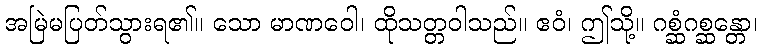
အမြဲမပြတ်သွားရ၏။ သော မာဏဝေါ၊ ထိုသတ္တဝါသည်။ ဧဝံ၊ ဤသို့။ ဂစ္ဆံဂစ္ဆန္တော၊